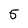
Character: 5